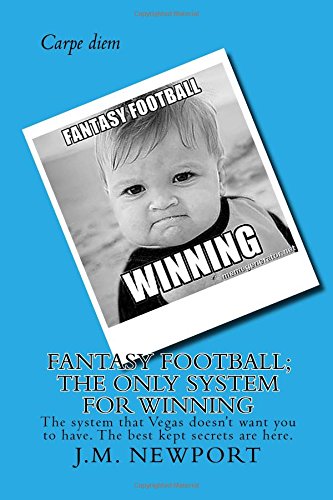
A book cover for Fantasy Football; The only system for winning: The secrets that no one else have to dominating your Fantasy Football leagues (Winning ways) (Volume 1); J.M. Newport; Humor & Entertainment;